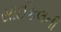
સાઈકલની